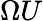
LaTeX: \Omega U